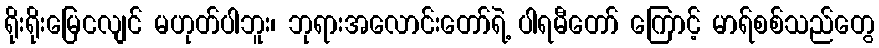
ရိုးရိုးမြေငလျင် မဟုတ်ပါဘူး၊ ဘုရားအလောင်းတော်ရဲ့ ပါရမီတော် ကြောင့် မာရ်စစ်သည်တွေ